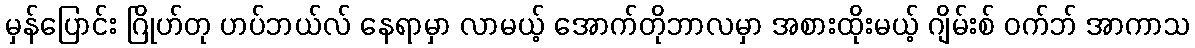
မှန်ပြောင်း ဂြိုဟ်တု ဟပ်ဘယ်လ် နေရာမှာ လာမယ့် အောက်တိုဘာလမှာ အစားထိုးမယ့် ဂျိမ်းစ် ဝက်ဘ် အာကာသ